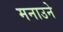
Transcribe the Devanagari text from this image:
मनाउने